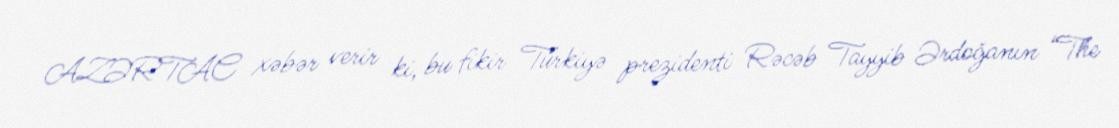
AZƏRTAC xəbər verir ki, bu fikir Türkiyə prezidenti Rəcəb Tayyib Ərdoğanın “The